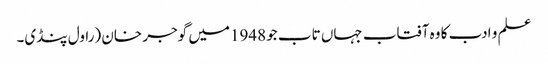
علم و ادب کا وہ آفتاب جہاں تاب جو 1948میں گوجر خان (راول پنڈی۔